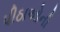
પીઠાઓની